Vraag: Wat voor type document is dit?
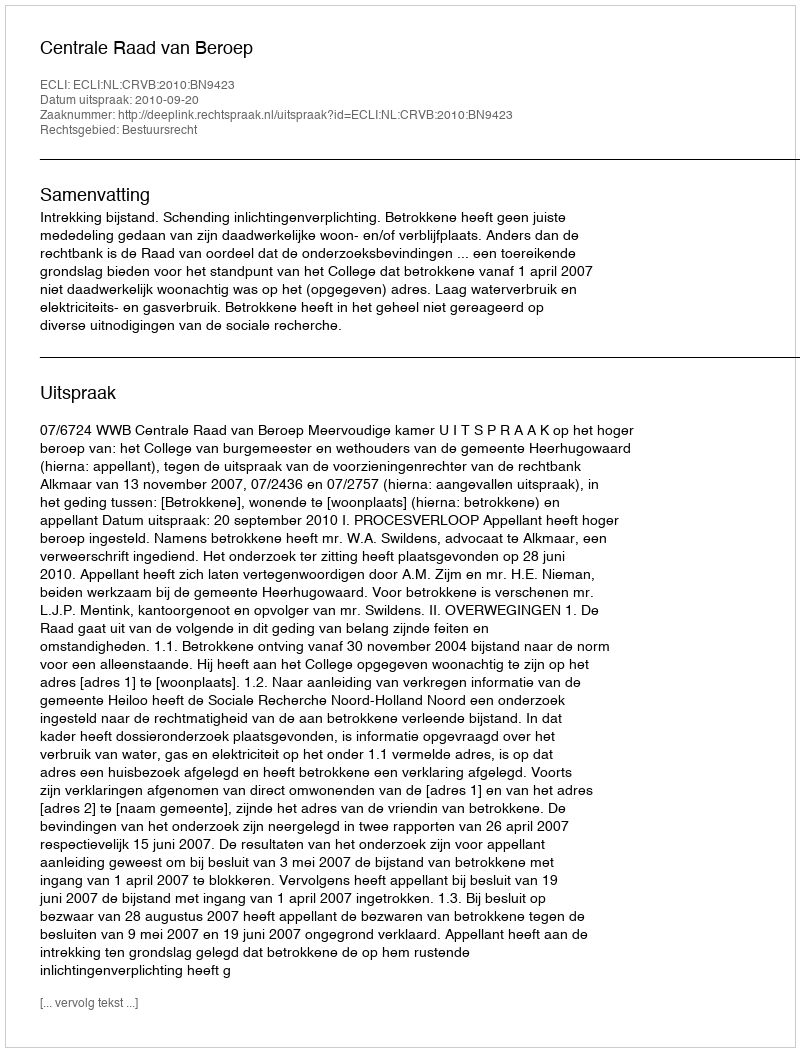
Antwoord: Uitspraak